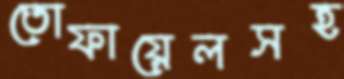
তোফায়েলসহ